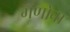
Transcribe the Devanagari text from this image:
गणोबा